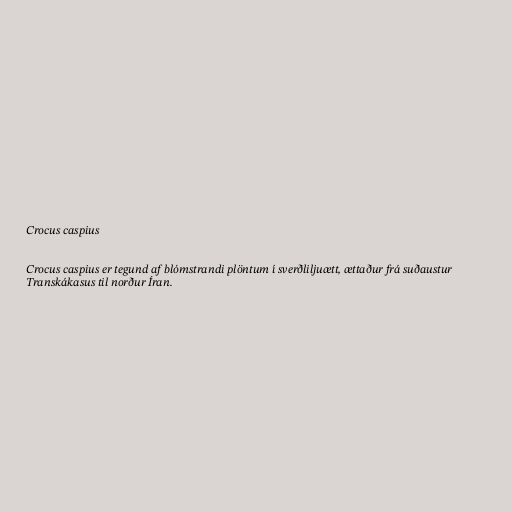
Crocus caspius

Crocus caspius er tegund af blómstrandi plöntum í sverðliljuætt, ættaður frá suðaustur
Transkákasus til norður Íran.